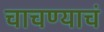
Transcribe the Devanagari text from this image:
चाचण्याचं